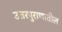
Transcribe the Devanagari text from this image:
उत्तरपुराणातील